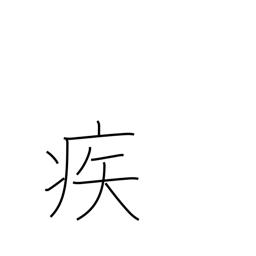
Meaning: rapidly